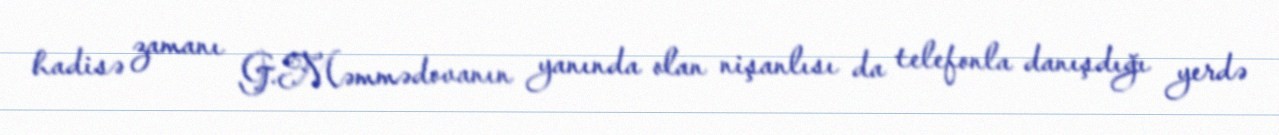
hadisə zamanı G.Məmmədovanın yanında olan nişanlısı da telefonla danışdığı yerdə